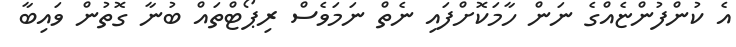
އެ ކުންފުންޏެއްގެ ނަން ހާމަކޮށްފައި ނެތް ނަމަވެސް ރިޕޯޓްތައް ބުނާ ގޮތުން ވައިބާ